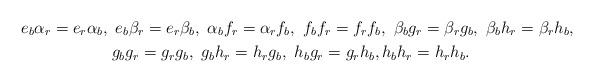
LaTeX: \begin{gather*} e_b \alpha_r = e_r \alpha_b,\ e_b\beta_r = e_r\beta_b,\ \alpha_bf_r = \alpha_r f_b,\ f_b f_r = f_r f_b,\ \beta_b g_r = \beta_r g_b,\ \beta_b h_r = \beta_r h_b,\\ g_bg_r = g_r g_b,\ g_b h_r = h_rg_b,\ h_bg_r = g_rh_b, h_b h_r = h_r h_b. \end{gather*}